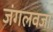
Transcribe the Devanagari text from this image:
जंगलवजा